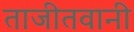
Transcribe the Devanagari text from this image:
ताजीतवानी